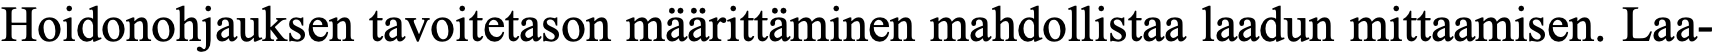
Hoidonohjauksen tavoitetason määrittäminen mahdollistaa laadun mittaamisen. Laa-